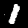
Digit: 1